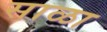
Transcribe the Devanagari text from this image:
साळा